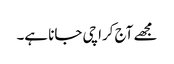
مجھے آج کراچی جانا ہے۔